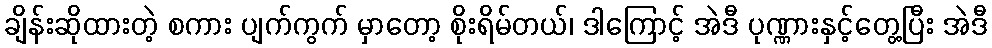
ချိန်းဆိုထားတဲ့ စကား ပျက်ကွက် မှာတော့ စိုးရိမ်တယ်၊ ဒါကြောင့် အဲဒီ ပုဏ္ဏားနှင့်တွေ့ပြီး အဲဒီ